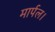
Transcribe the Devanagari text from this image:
मार्पल।